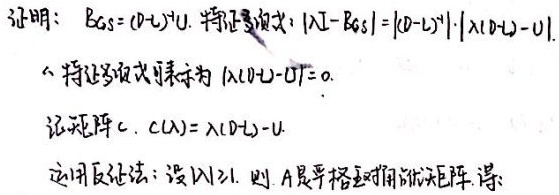
证明：$B_{GS}=(D - L)^{-1}U$. 特征多项式：$|\lambda I - B_{GS}| = |(D - L)^{-1}|\cdot|\lambda(D - L)-U|$.
$\therefore$ 特征多项式表示为 $|\lambda(D - L)-U| = 0$.
记矩阵 $C$, $C(\lambda)=\lambda(D - L)-U$.
应用反证法：设 $|\lambda|\geq1$. 则 $A$ 是严格对角占优矩阵, 得: